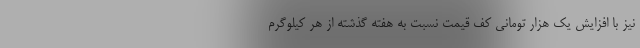
نیز با افزایش یک هزار تومانی کف قیمت نسبت به هفته گذشته از هر کیلوگرم